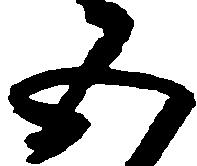
五